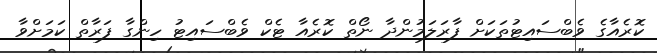
ކޮރެއާގެ ވެބްސައިޓުތަކަށް ފާރަލަމުންދާ ނޯތް ކޮރެއާ ޓެކް ވެބްސައިޓު ހިންގާ ފަރާތް ކަމަށްވާ